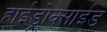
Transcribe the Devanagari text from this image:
हाईड्रोक्साईड